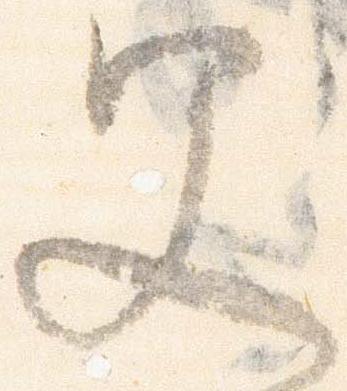
父